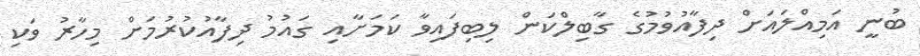
ބުނީ އަމިއްލައަށް ދިފާއުވުމުގެ ގާބިލްކަން ލިބިފައިވާ ކަމަށާއި ގައުމު ދިފާއުކުރުމަށް މިހާރު ވަކި